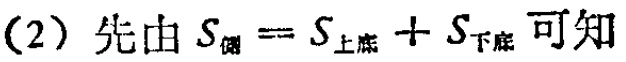
(2) 先由 \(S_{侧}=S_{上底}+S_{下底}\) 可知